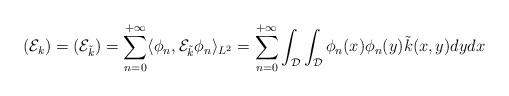
\begin{align*} (\mathcal{E}_k) = (\mathcal{E}_{\tilde{k}}) = \sum_{n=0}^{+\infty} \langle \phi_n,\mathcal{E}_{\tilde{k}}\phi_n\rangle_{L^2} = \sum_{n=0}^{+\infty}\int_{\mathcal{D}}\int_{\mathcal{D}}\phi_n(x)\phi_n(y)\tilde{k}(x,y)dydx\end{align*}